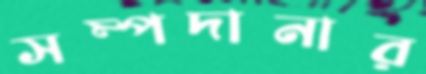
সম্পদানার